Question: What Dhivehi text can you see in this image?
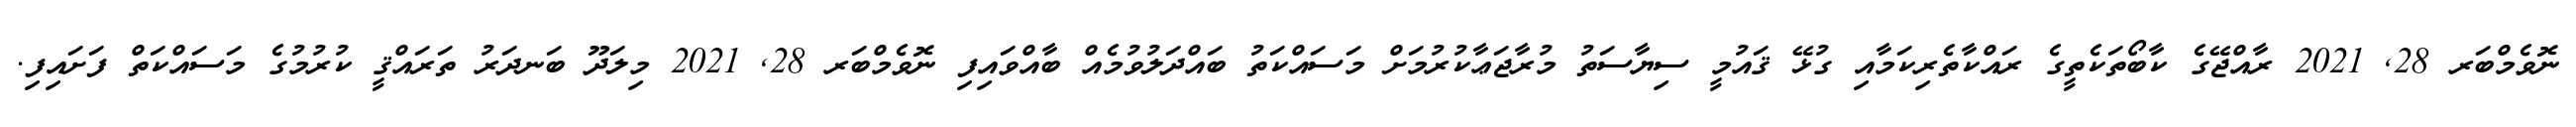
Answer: ނޮވެމްބަރ 28, 2021 ރާއްޖޭގެ ކާބޯތަކެތީގެ ރައްކާތެރިކަމާއި ގުޅޭ ޤައުމީ ސިޔާސަތު މުރާޖަޢާކުރުމަށް މަސައްކަތު ބައްދަލުވުމެއް ބާއްވައިފި ނޮވެމްބަރ 28, 2021 މިލަދޫ ބަނދަރު ތަރައްޤީ ކުރުމުގެ މަސައްކަތް ފަށައިފި.